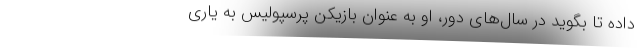
داده تا بگوید در سال‌های دور، او به عنوان بازیکن پرسپولیس به یاری